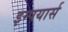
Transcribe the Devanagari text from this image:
इम्पयार्स